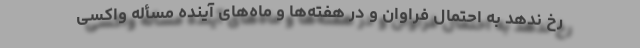
رخ ندهد به احتمال فراوان و در هفته‌ها و ماه‌های آینده مسأله واکسی